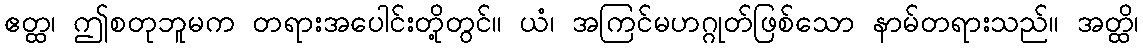
ဧတ္ထ၊ ဤစတုဘူမက တရားအပေါင်းတို့တွင်။ ယံ၊ အကြင်မဟဂ္ဂုတ်ဖြစ်သော နာမ်တရားသည်။ အတ္ထိ၊